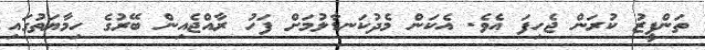
ތަންފީޒު ކުރަން ޖެހިފަ އެވެ. އެކަން މެދުކަނޑާލުމަށް ފަހު ރާއްޖެއިން ބޭރުގެ ހިމާޔަތުގައި